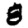
Digit: 8